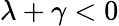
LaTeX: \lambda+\gamma<0